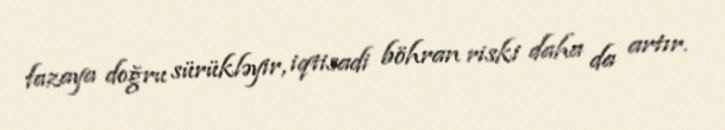
fazaya doğru sürükləyir, iqtisadi böhran riski daha da artır.